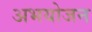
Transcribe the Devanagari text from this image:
अभयोजन